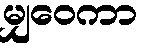
မျှဝေကာ